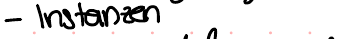
- Instanzen